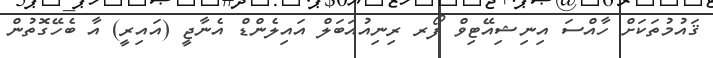
ޤައުމުތަކަށް ހާއްސަ އިނިޝިއޭޓިވް ފޯރ ރިނިއުއަބަލް އައިލެންޑް އެނާޖީ (އައިރީ) އާ ބެހޭގޮތުން